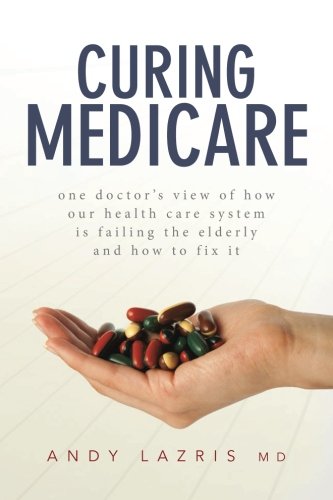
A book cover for Curing Medicare: One doctor's view of how our health care system is failing the elderly and how to fix it; Andy Lazris MD; Medical Books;